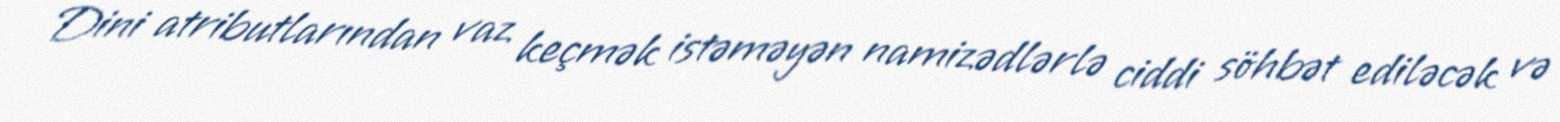
Dini atributlarından vaz keçmək istəməyən namizədlərlə ciddi söhbət ediləcək və